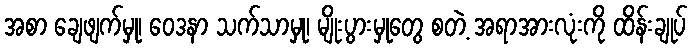
အစာ ချေဖျက်မှု၊ ဝေဒနာ သက်သာမှု၊ မျိုးပွားမှုတွေ စတဲ့ အရာအားလုံးကို ထိန်းချုပ်